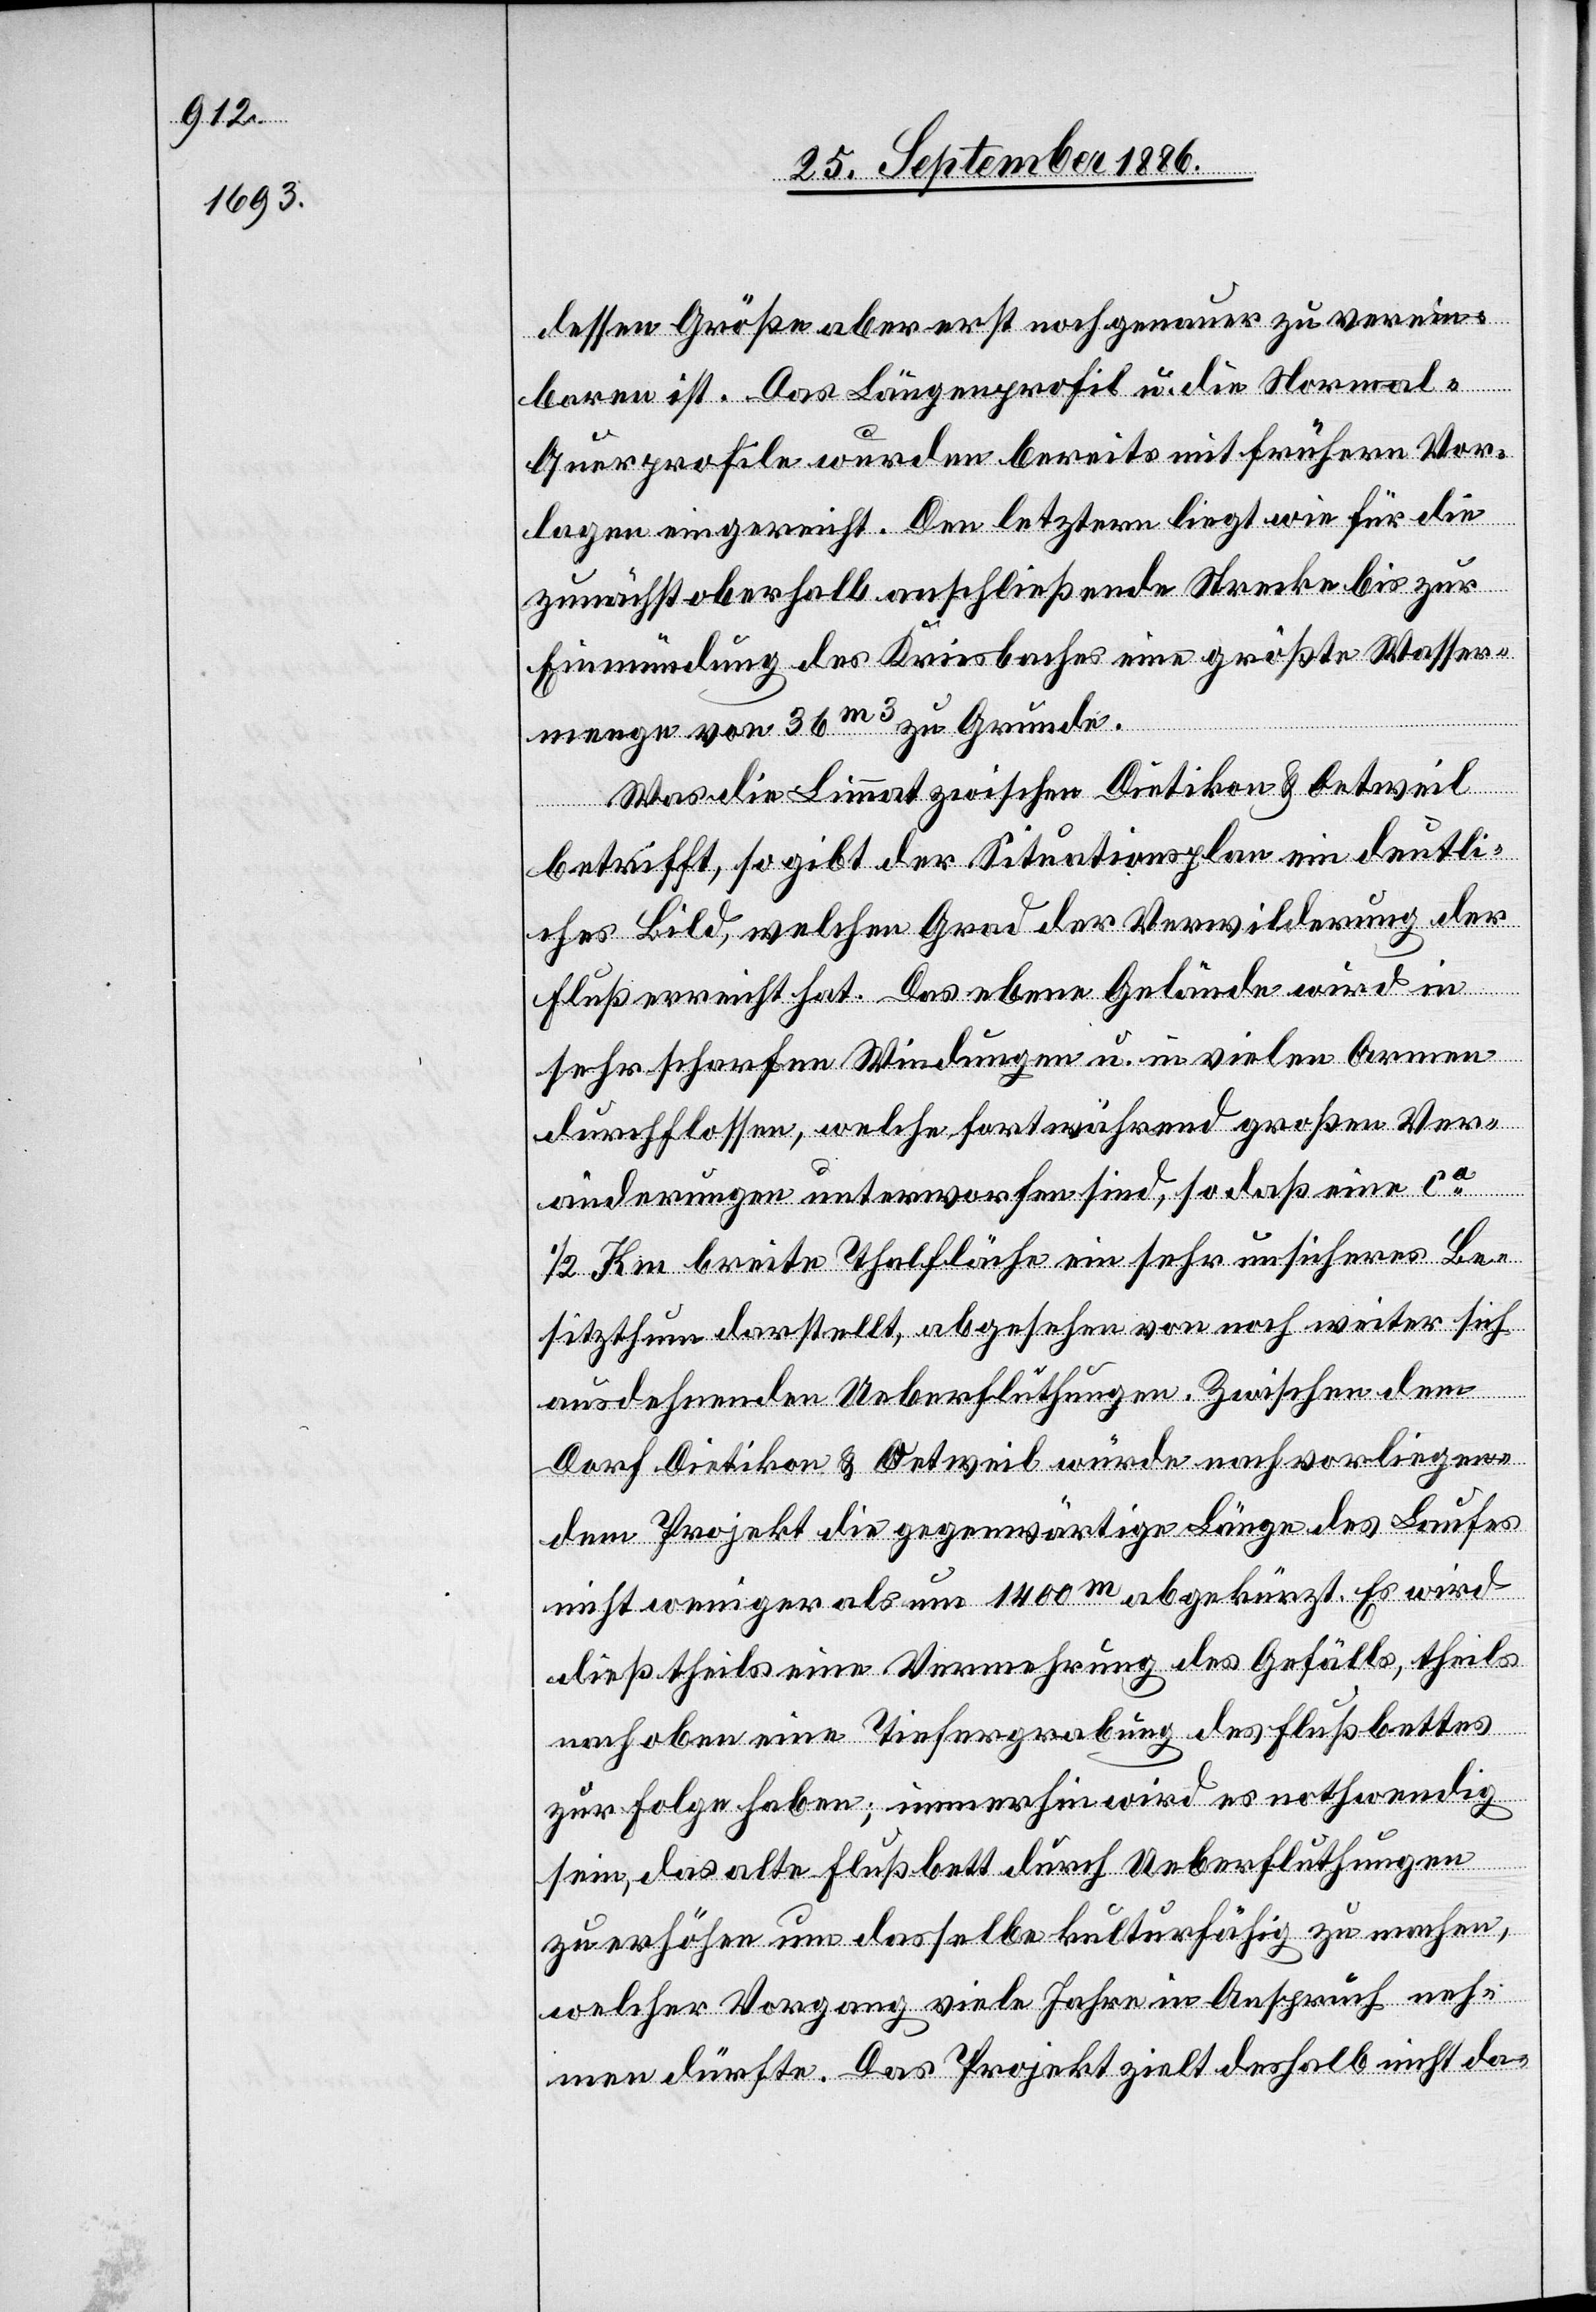
dessen Größe aber erst noch genauer zu verein¬
baren ist. Das Längenprofil u. die Normal-Q¬
uerprofile wurden bereits mit frühern Vor¬
lagen eingereicht. Den letztern liegt wie für die
zunächst oberhalb anschließende Strecke bis zur
Einmündung des Kriesbaches eine größte Wasser¬
menge von 36m3 zu Grunde.
Was die Limmat zwischen Dietikon & Oetweil
betrifft, so gibt der Situationsplan ein deutli¬
ches Bild, welchen Grad der Verwilderung der
Fluß erreicht hat. Das ebene Gelände wird in
sehr scharfen Windungen u. in vielen Armen
durchflossen, welche fortwährend großen Ver¬
änderungen unterworfen sind, so daß eine ca
1/2 Km breite Thalfläche ein sehr unsicheres Be¬
sitzthum darstellt, abgesehen von noch weiter sich
ausdehnenden Ueberfluthungen. Zwischen dem
Dorf Dietikon & Oetweil würde nach vorliegen¬
dem Projekt die gegenwärtige Länge des Laufes
nicht weniger als um 1400m abgekürzt. Es wird
dieß theils eine Vermehrung des Gefälls, theils
nach oben eine Tiefergrabung des Flußbettes
zur Folge haben; immerhin wird es nothwendig
sein, das alte Flußbett durch Ueberfluthungen
zu erhöhen um dasselbe kulturfähig zu machen,
welcher Vorgang viele Jahre in Anspruch neh¬
men dürfte. Das Projekt zielt deshalb nicht da-